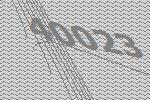
40023